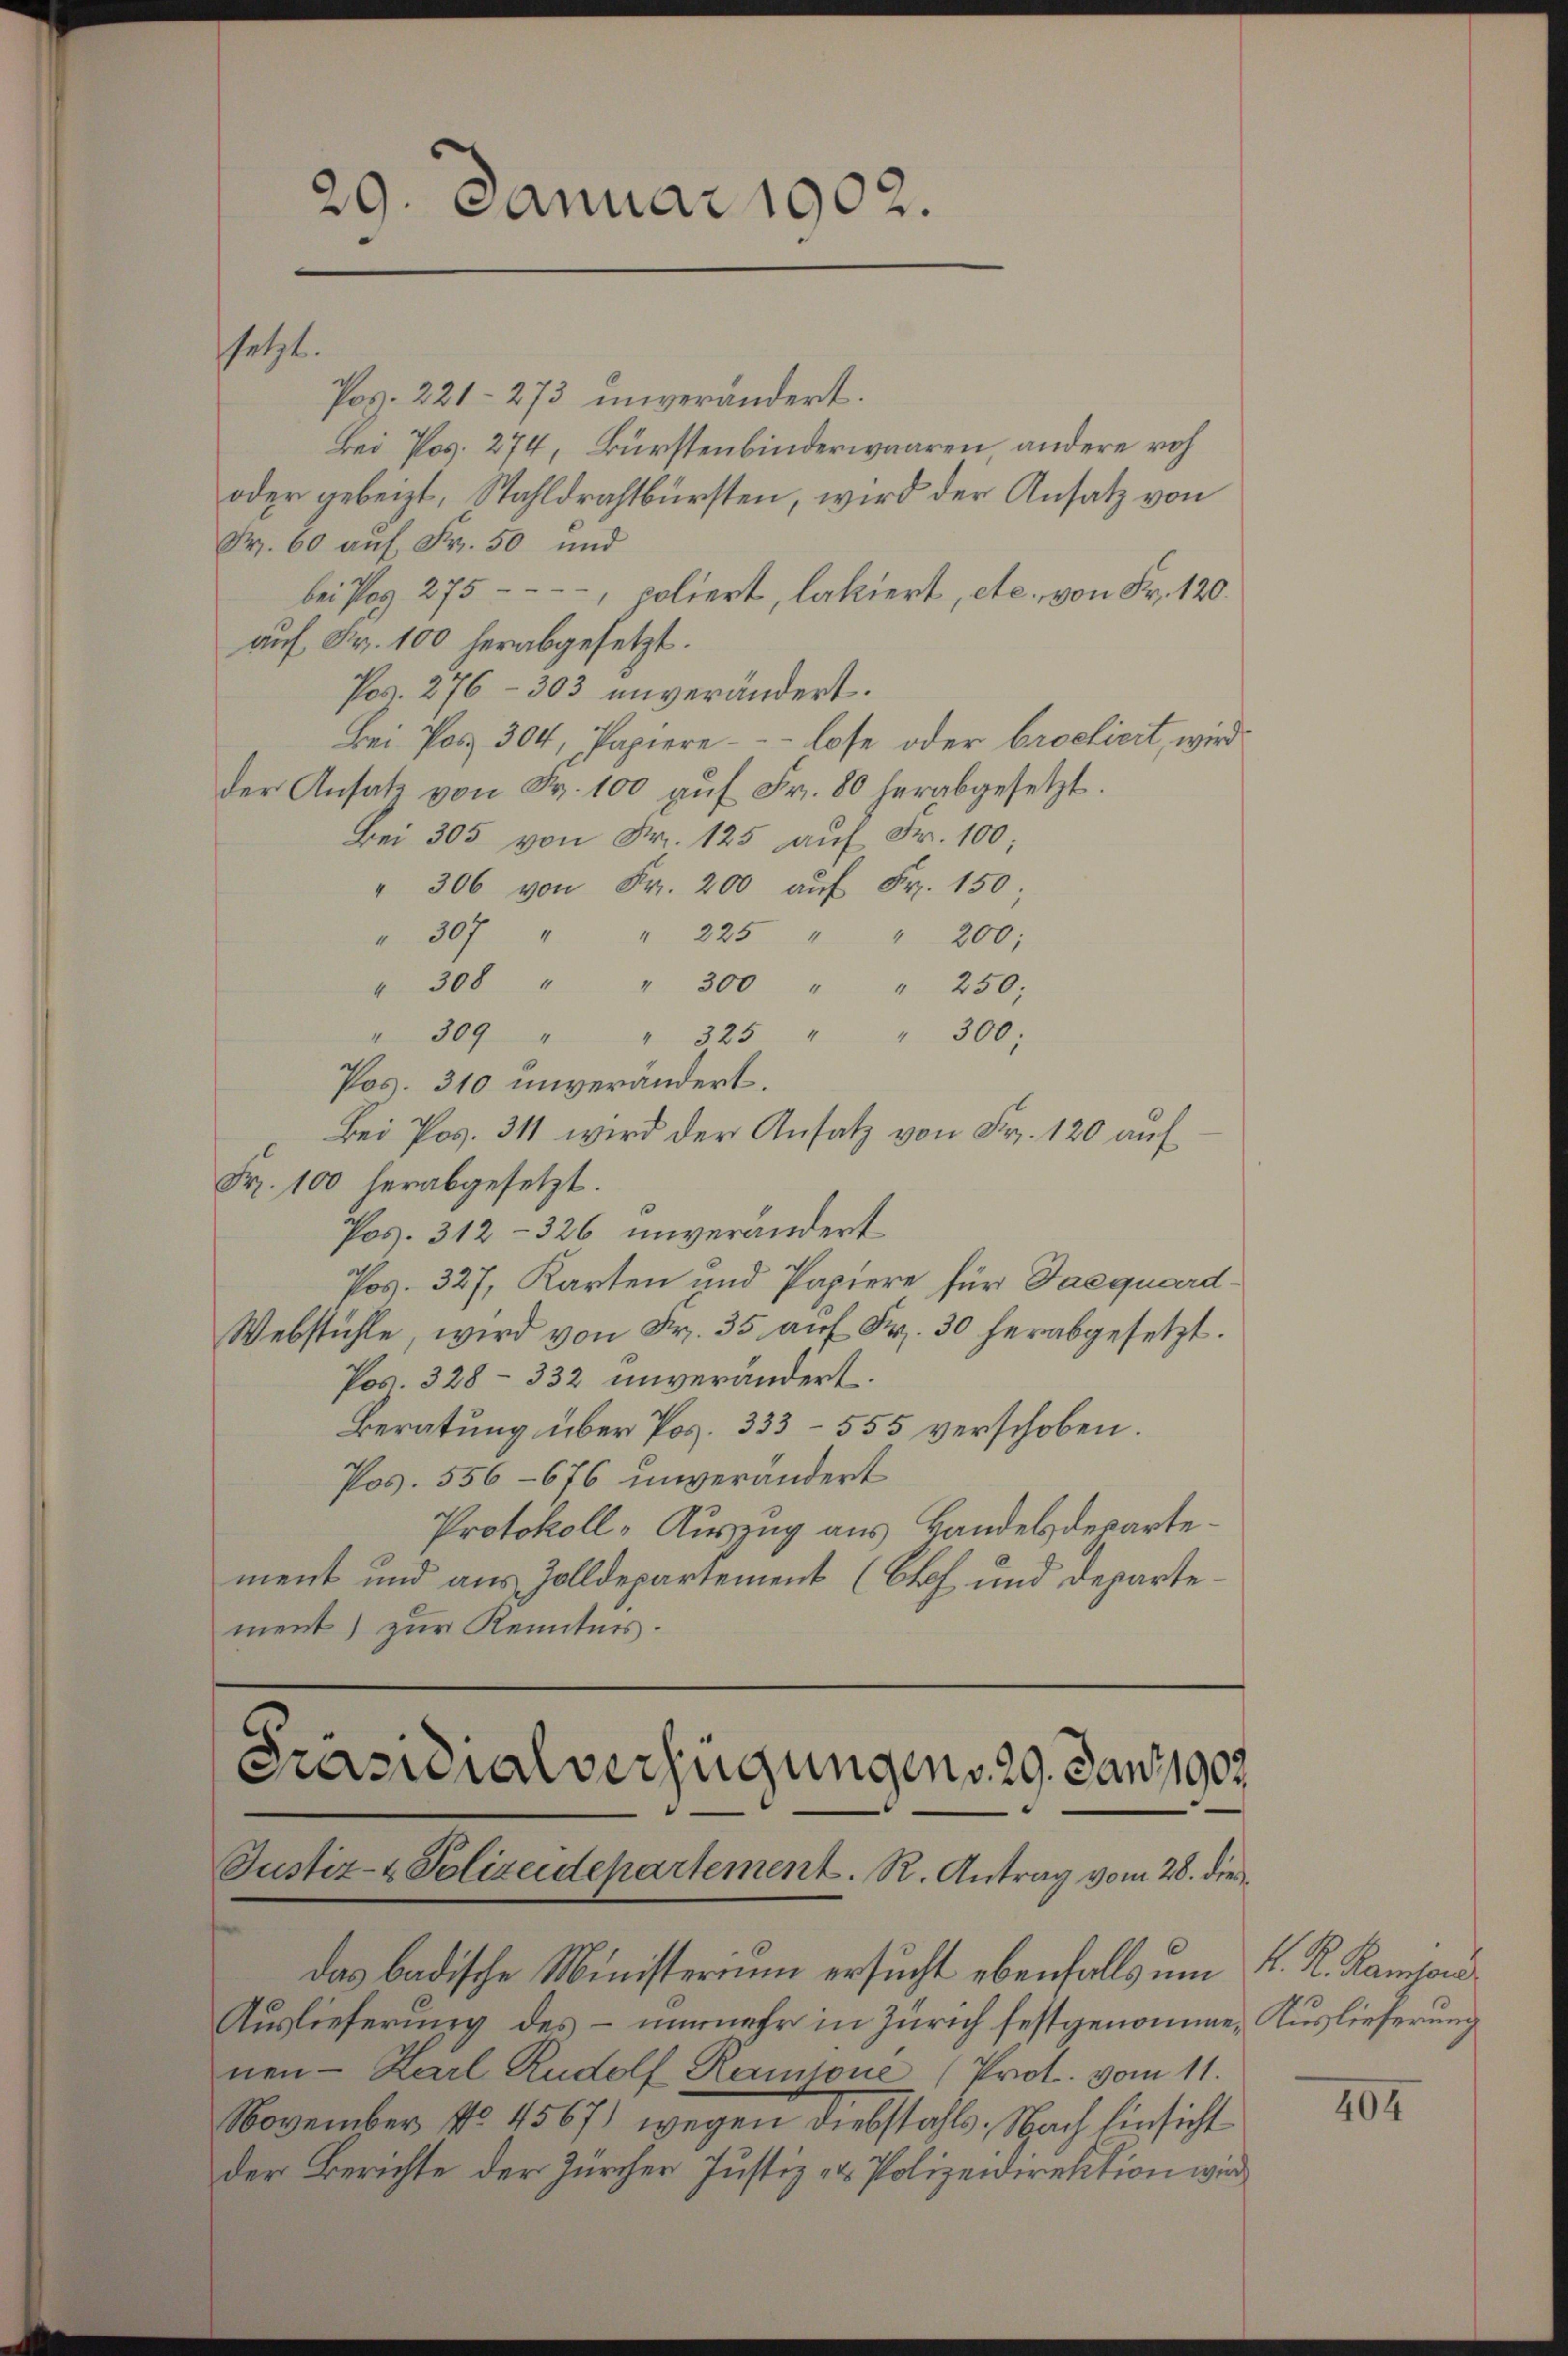
Pos. 221-273 unverändert.
Bei Pos. 274, Bürstenbinderwaaren, andere roh
oder gebeizt, Stahldrahtbürsten, wird der Ansatz von
Fr. 60 auf Fr. 50 und
bei Pop 275 - - - -, poliert, lakiert, etc. von Fr. 120.
auf Fr. 100 herabgesetzt.
Pos. 276 - 303 unverändert.
Bei Post 304, Papiere - - - lose oder broclicit, wird
der Ansatz von Fr. 100 aŭf Fr. 80 herabgesetzt.
Bei 305 von Fr. 125 auf Fr. 100;
" 306 von Fr. 200 aŭf Fr. 150;
" 307 " " 225 " " 200;
" 308 " " 300 " " 250;
" 309 " " 325 " " 300;
Pos. 310 unverändert.
Bei Pos. 311 wird der Ansatz von Fr. 120 auf
Fr. 100 herabgesetzt.
Pos. 312-326 unverändert
Pos. 327, Karten und Papiere für Pasquard¬
Webstühle, wird von Fr. 35 auf Fr. 30 herabgesetzt.
Pos. 328- 332 unverändert.
Beratung über Pos. 333 - 555 verschoben.
Pos. 556-676 unverändert
Protokoll-Auszug aus Handelsdepartement und aus Zolldepartement (Off. und Departement) zur Kenntnis.

ssetzt.

29. Januar 1902.

Präsidialverfügungen v. 29. Jan. 1903.
Justiz- & Polizeidepartement. R. Antrag vom 28. dies
das badische Ministerium ersucht ebenfalls um K. K. Kampon¬

Auslieferung des – unmehr in Zürich festgenomme, Auslieferung
nen Karl Rudolf Kantone (Prot. vom 11.
November No. 4567) wegen Diebstahls. Nach Einsicht
der Berichte der Zürcher Justiz- & Polizeidirektion wird

404